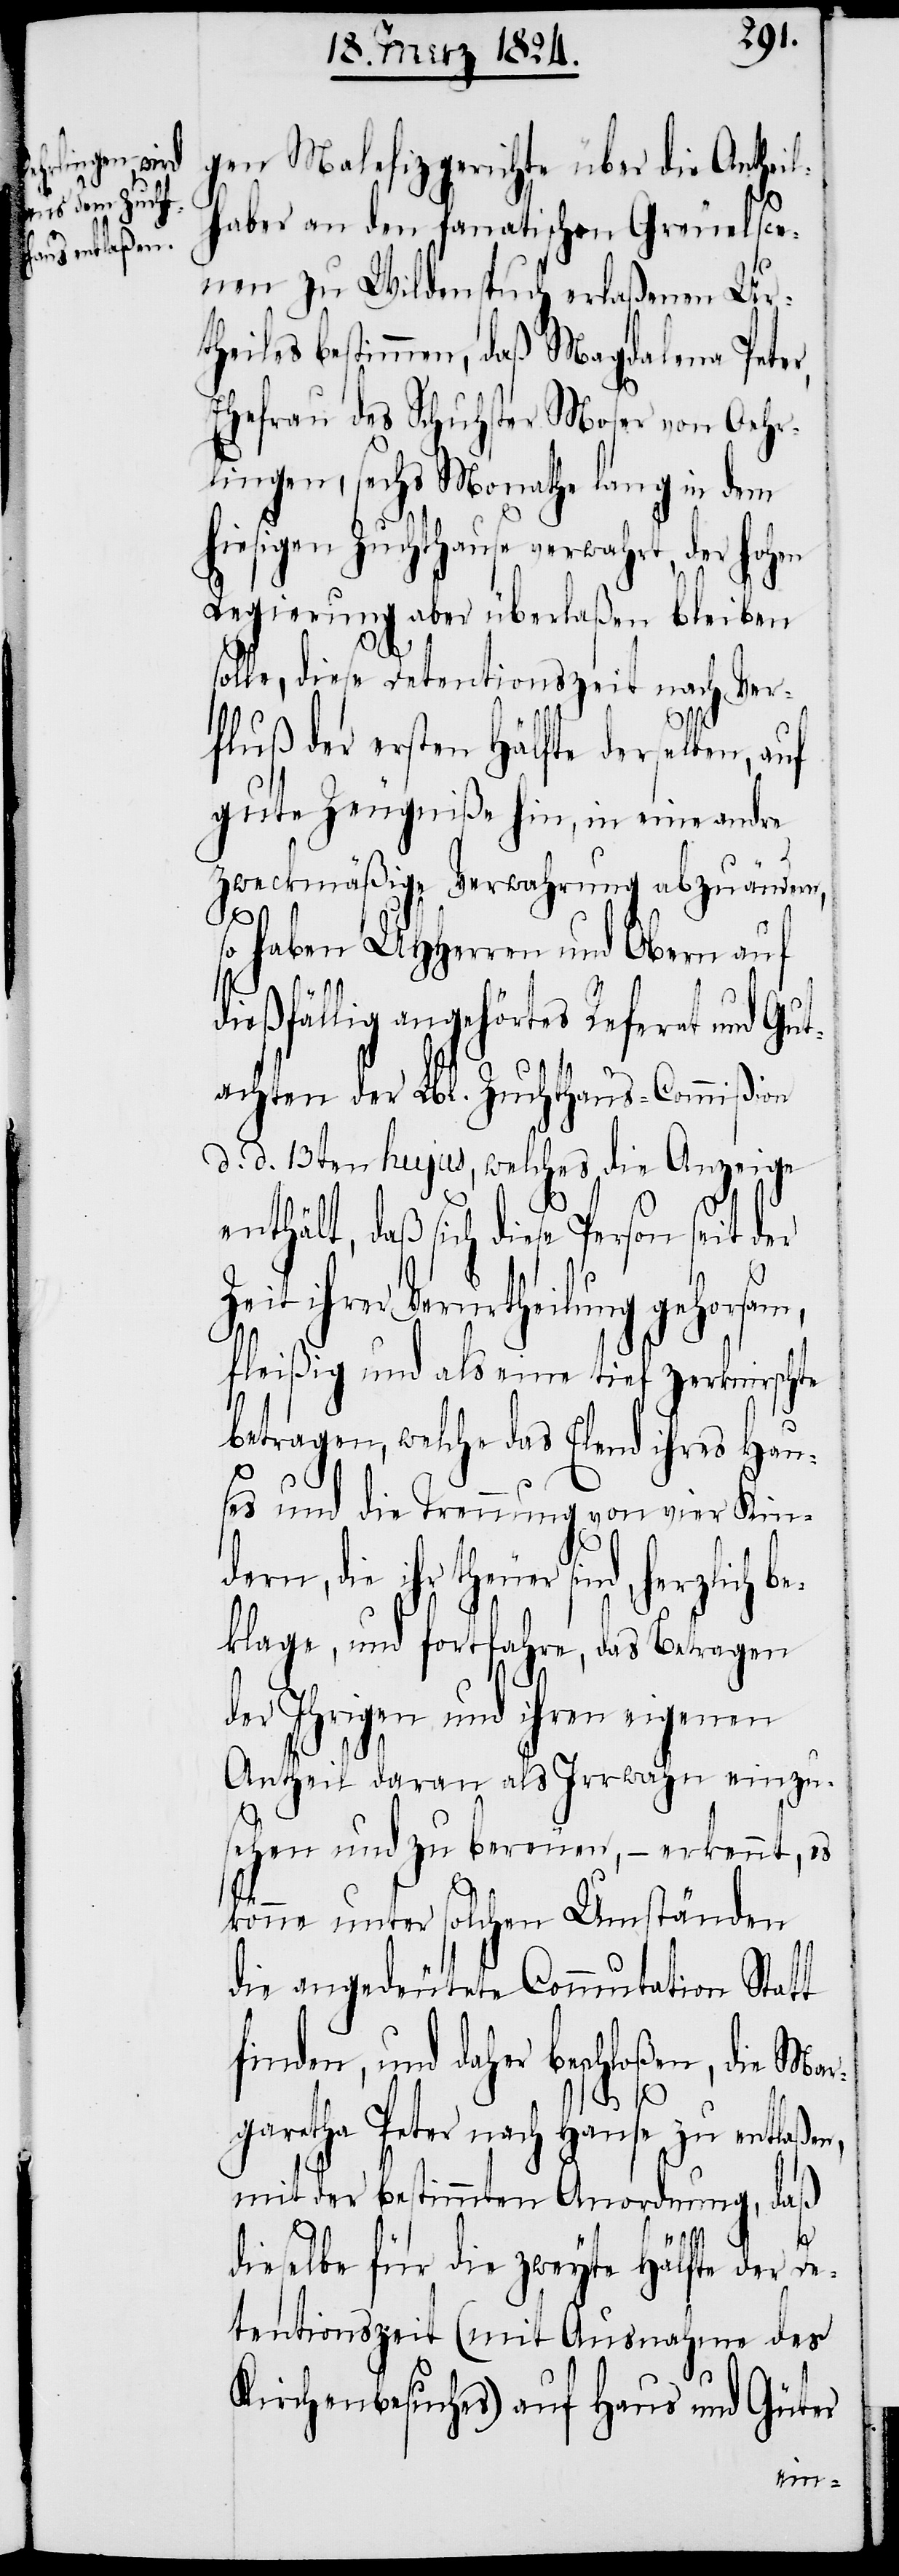
gen Malefizgerichte über die Antheil¬
haber an den fanatischen Greuelsce¬
nen zu Wildenspuch erlaßenen Ur¬
theiles bestimmen, daß Magdalena Peter,
Ehefrau des Schuhster Moser von Oehr¬
lingen, sechs Monathe lang in dem
hiesigen Zuchthause verwahrt, der hohen
Regierung aber überlaßen bleiben
solle, diese Detentionszeit nach Ver¬
fluß der ersten Hälfte derselben, auf
gute Zeugniße hin, in eine andre
zweckmäßige Verwahrung abzuändern,
so haben UHHerren und Obern auf
dießfällig angehörtes Referat und Gu¬
tachten der Lbl. Zuchthaus-Commißion
d. d. 13ten hujus, welches die Anzeige
dern,
enthält, daß sich diese Person seit der
Zeit ihrer Verurtheilung gehorsam,
fleißig und als eine tief zerknirschte
betragen, welche das Elend ihres Hau¬
ses und die Trennung von vier Kin¬
die ihr theuer sind, herzlich b¬
eklage, und fortfahre, das Betragen
des Ihrigen und ihren eigenen
Antheil daran als Irrwahn einzu¬
sehen und zu bereuen, – erkennt, es
könne unter solchen Umständen
die angedeutete Commutation Statt
und daher beschloßen, die Ma¬
rgaretha Peter nach Hause zu entlaße¬
mit der bestimmten Anordnung, daß
n,
dieselbe für die zweyte Hälfte der D¬
etentionszeit (mit Ausnahme des
Kirchenbesuches) auf Haus und Güter